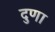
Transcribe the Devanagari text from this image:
दुणा